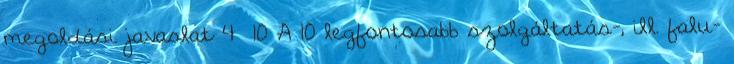
megoldási javaslat 4 10 A 10 legfontosabb szolgáltatás-, ill. falu-